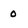
Character: 0